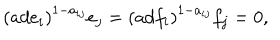
LaTeX: \left( a d e _ { i } \right) ^ { 1 - a _ { i j } } e _ { j } = \left( a d f _ { i } \right) ^ { 1 - a _ { i j } } f _ { j } = 0 ,